Sketch of the medical history of the native army of Bombay, for the year
Year: 1872
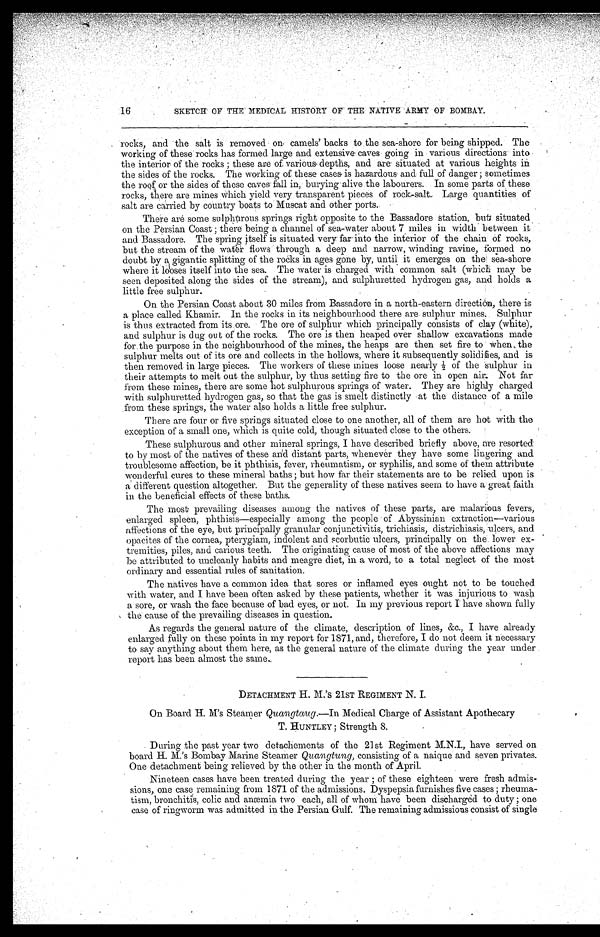
16
SKETCH OF THE MEDICAL HISTORY OF THE NATIVE ARMY OF BOMBAY.
• rocks, and the salt is removed on camels' backs to the sea-shore for being shipped. The
working of these rocks has formed large and extensive caves- going in various directions into
•
the interior of the rocks ; these are of various depths, and are situated at various heights
the sides of the rocks. The working of these cases is hazardous and full of danger ; sometimes
•
the roof or the sides of these caves fall in, burying alive the labourers. In some parts of these
rocks, there are mines which yield very transparent pieces of rock-salt.. Large quantities of
salt are carried by country boats to Muscat and other ports.
There aré some sulphurous springs right opposite to the Bassadore station, but situated
on the Persian Coast ; there being a channel of sea-water about 7 miles in width between it
and Bassadore. The spring itself is situated very far into the interior of the chain of rocks,
but the stream of the water flows through a deep and narrow, winding ravine, formed no
doubt by a gigantic splitting of the rocks in ages gone by, until it emerges on the, sea-shore
where it looses itself into the sea. The water is charged with common salt (which may be
seen deposited along the sides of the stream), and sulphuretted hydrogen gas, and holds a
little free sulphur.
On the Persian Coast about 30 miles from Bassadore in a north-eastern direction, there is
a place called Khamir. In the rocks in its neighbourhood there are sulphur mines.Sulphur
is thus extracted from its.ore. The ore of sulphur which principally consists of clay (white),
and sulphur is dug out of the rocks. The ore is then heaped over shallow excavations made
for the purpose in the neighbourhood of the mines, the heaps are then set fire to when, the
sulphur melts out of its ore and collects in the hollows, where it subsequently solidifies, and is
then removed in large pieces. The workers of these mines loose nearly 1/2o f t h e s u l p h u r i n
their attempts to melt out the sulphur, by thus setting fire to the ore in open air. Not far
from these mines, there are some hot sulphurous springs of water. They are highly charged
with sulphuretted hydrogen gas, so that the gas is smelt distinctly at the distance of a mile
.from these springs, the water also holds a little free sulphur.
There are four or five springs situated close to one another, all of them are hot with the
exception of a small one, which is quite cold, though situated close to the others.
These sulphurous and other mineral springs, I have described briefly above, are resorted:
•
to by most of the natives of these and distant parts, whenevér they have some lingering and
troublesome affection, be it phthisis, fever, rheumatism, or syphilis, and some of them attribute
wonderful cures to these mineral baths ; but how far their statements are to be relied upon is
a different question altogether. But the generality of these natives seem to have a great faith
in the beneficial effects of these baths.
The most prevailing diseases among the natives of these parts, are malarious fevers,
enlarged spleen, phthisis—especially among the people of Abyssinian extraction—various
affections of the eye, but principally granular conjunctivitis, trichiasis, districhiasis, ulcers, and
opacites of the cornea, pterygiam, indolent and scorbutic ulcers, principally on the. lower ex--
tremities, piles, and carious teeth. The originating cause of most of the above affections may
be attributed to uncleanly habits and meagre diet, in a word, to a total neglect of the most
ordinary and essential rules of sanitation.
The natives have a common idea that sores or inflamed eyes ought not to be touched
with water, and I have been often asked by these patients, whether it was injurious to wash
a sore, or wash the face because of bad eyes, or not. In my previous report I have shown fully
the cause of the prevailing diseases in question.
As regards the general nature of the climate, description of lines, &c., I have already
enlarged fully on these points in my report for 1871, and, therefore, I do not deem it necessary
to say anything about them here, as the general nature of the climate during the year under
report has been almost the same.
DETACHMENT H. M.'S 21ST REGIMENT N. I.
On Board H. M's Steamer Quangtaug.—In Medical Charge of Assistant Apothecary
T. HUNTLEY ; Strength S.
During the past year two detachements of the 21st Regiment M.N.I., have served on
board H. M.'s Bombay Marine Steamer Quangtung, consisting of a naique and seven privates.
One detachment being relieved by the other in the month of April.
Nineteen cases have been treated during the year ; of these eighteen were fresh admis-
sions, one case remaining from 1871 of the admissions. Dyspepsia furnishes five cases; rheuma--
tism, bronchitis, colic and anæmia two each, all of whom have been discharged to duty ; one
case of ringworm was admitted in the Persian Gulf. The remaining admissions consist of single